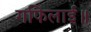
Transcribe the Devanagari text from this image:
गफिलाई॥